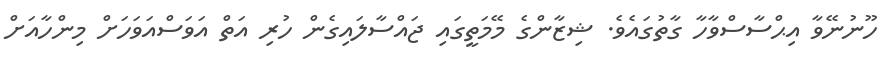
ހޫނުނޭވާ އިޙްސާސްވާހާ ގާތުގައެވެ. ޝިޒާންގެ މޭމަތީގައި ޖައްސާލައިގެން ހުރި އަތް އަވަސްއަވަހަށް މިންހާއަށް